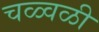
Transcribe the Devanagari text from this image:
चळ्वळी